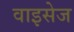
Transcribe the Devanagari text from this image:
वाइसेज